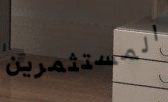
المستثمرين